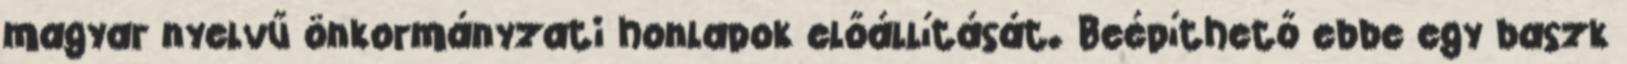
magyar nyelvű önkormányzati honlapok előállítását. Beépíthető ebbe egy baszk